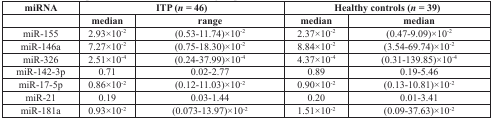
<table><thead><tr><td><b>miRNA</b></td><td colspan="2"><b>ITP (<i>n</i> = 46)</b></td><td colspan="2"><b>Healthy controls (<i>n</i> = 39)</b></td></tr><tr><td>[EMPTY_CELL]</td><td><b>median</b></td><td><b>range</b></td><td><b>median</b></td><td><b>median</b></td></tr></thead><tbody><tr><td>miR-155</td><td>2.93×10<sup>−2</sup></td><td>(0.53-11.74)×10<sup>−2</sup></td><td>2.37×10<sup>−2</sup></td><td>(0.47-9.09)×10<sup>−2</sup></td></tr><tr><td>miR-146a</td><td>7.27×10<sup>−2</sup></td><td>(0.75-18.30)×10<sup>−2</sup></td><td>8.84×10<sup>−2</sup></td><td>(3.54-69.74)×10<sup>−2</sup></td></tr><tr><td>miR-326</td><td>2.51×10<sup>−4</sup></td><td>(0.24-37.99)×10<sup>−4</sup></td><td>4.37×10<sup>−4</sup></td><td>(0.31-139.85)×10<sup>−4</sup></td></tr><tr><td>miR-142-3p</td><td>0.71</td><td>0.02-2.77</td><td>0.89</td><td>0.19-5.46</td></tr><tr><td>miR-17-5p</td><td>0.86×10<sup>−2</sup></td><td>(0.12-11.03)×10<sup>−2</sup></td><td>0.90×10<sup>−2</sup></td><td>(0.13-10.81)×10<sup>−2</sup></td></tr><tr><td>miR-21</td><td>0.19</td><td>0.03-1.44</td><td>0.20</td><td>0.01-3.41</td></tr><tr><td>miR-181a</td><td>0.93×10<sup>−2</sup></td><td>(0.073-13.97)×10<sup>−2</sup></td><td>1.51×10<sup>−2</sup></td><td>(0.09-37.63)×10<sup>−2</sup></td></tr></tbody></table>